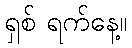
ရှစ် ရက်နေ့။